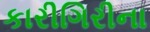
કારીગિરીના